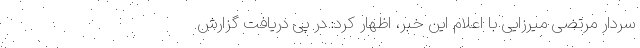
سردار مرتضی میرزایی با اعلام این خبر، اظهار کرد: در پی دریافت گزارش